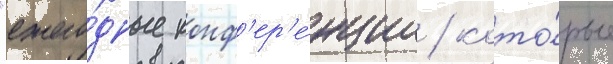
"ежего́дные конф'ер'е́нции / кото́рые